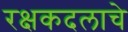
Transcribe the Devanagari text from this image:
रक्षकदलाचे